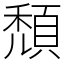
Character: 頹